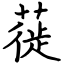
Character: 蓰